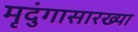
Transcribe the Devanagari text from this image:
मृदुंगासारख्या